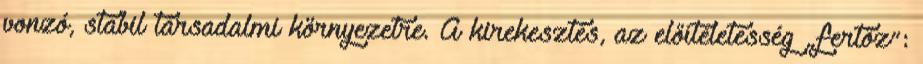
vonzó, stabil társadalmi környezetre. A kirekesztés, az előítéletesség „fertőz”: